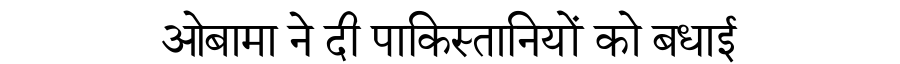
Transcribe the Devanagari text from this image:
ओबामा ने दी पाकिस्तानियों को बधाई